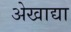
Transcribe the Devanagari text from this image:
अेखाद्या